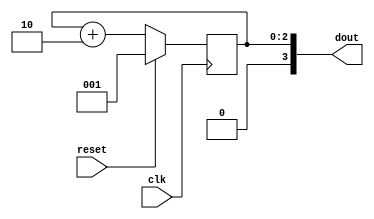
module odd_counter(input clk,input reset,output [3:0]dout);
reg [2:0]temp=1;
always@(posedge clk)
begin
    if(reset==1'b1)
        temp<=1;
     else
        temp<=temp+2;
end
assign dout=temp;
endmodule